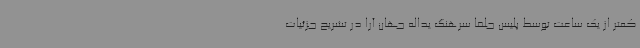
کمتر از یک ساعت توسط پلیس جلفا سرهنگ یداله جهان آرا در تشریح جزئیات